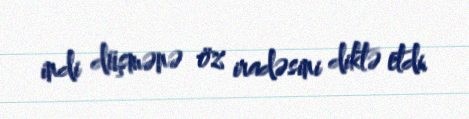
indi düşmənə öz iradəsini diktə etdi.